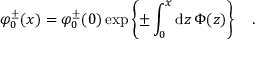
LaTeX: \varphi _ { 0 } ^ { \pm } ( x ) = \varphi _ { 0 } ^ { \pm } ( 0 ) \exp \left\{ \pm \int _ { 0 } ^ { x } \mathrm { d } z \, \Phi ( z ) \right\} \quad .